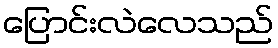
ပြောင်းလဲလေသည်